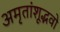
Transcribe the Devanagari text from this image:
अमृतांशूद्भवो